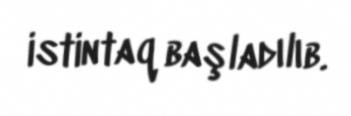
istintaq başladılıb.